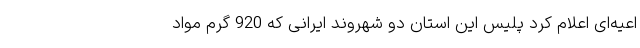
اعیه‌ای اعلام کرد پلیس این استان دو شهروند ایرانی که 920 گرم مواد